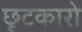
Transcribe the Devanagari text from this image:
छूटकारो